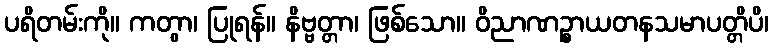
ပရိတမ်းကို။ ကတွာ၊ ပြုရန်။ နိဗ္ဗတ္တာ၊ ဖြစ်သော။ ဝိညာဏဉ္စာယတနသမာပတ္တိပိ၊